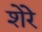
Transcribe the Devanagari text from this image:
शेरेे